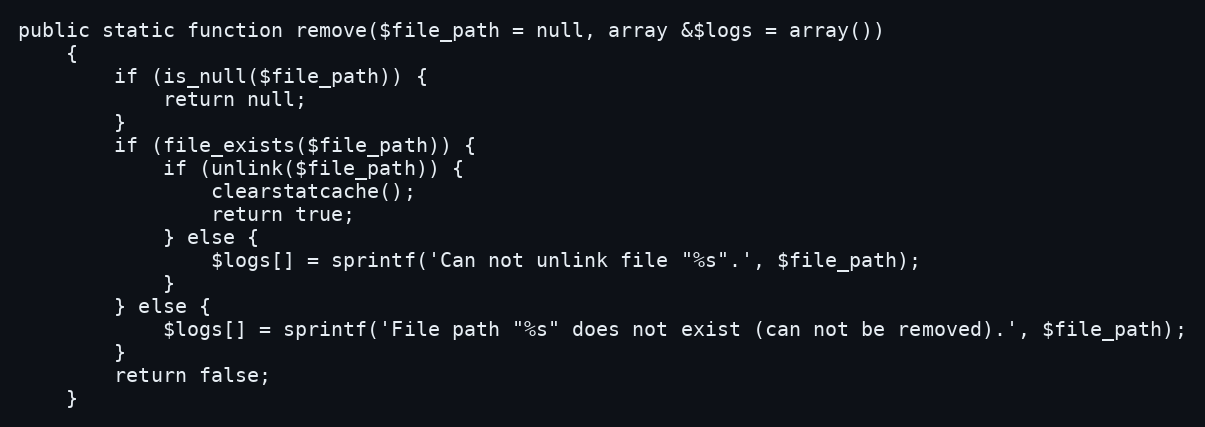
Language: PHP
public static function remove($file_path = null, array &$logs = array())
    {
        if (is_null($file_path)) {
            return null;
        }
        if (file_exists($file_path)) {
            if (unlink($file_path)) {
                clearstatcache();
                return true;
            } else {
                $logs[] = sprintf('Can not unlink file "%s".', $file_path);
            }
        } else {
            $logs[] = sprintf('File path "%s" does not exist (can not be removed).', $file_path);
        }
        return false;
    }